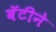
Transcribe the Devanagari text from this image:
बॅटीने